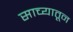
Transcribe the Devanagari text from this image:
साच्यातून